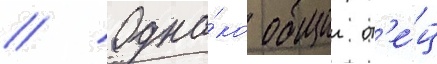
// Одна́ко общии от'е́ц